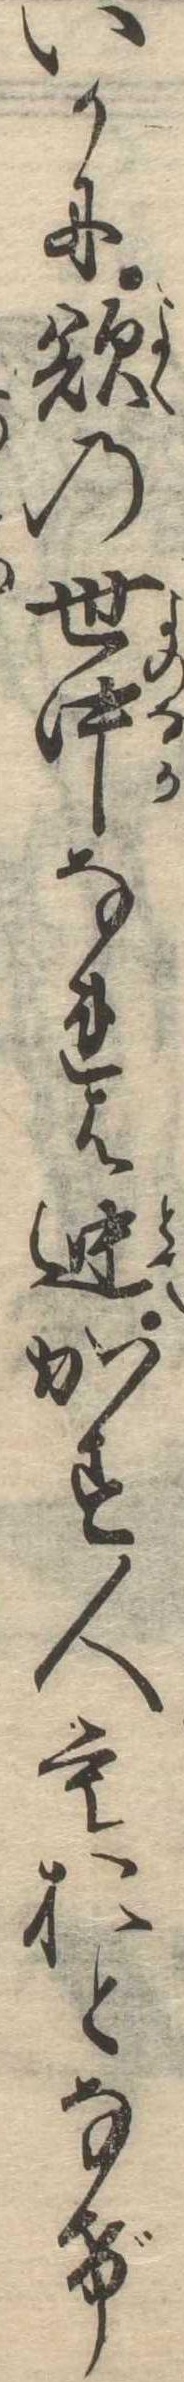
いかに欲の世中なれは迚かす人もおとなげ